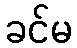
ခင်မ